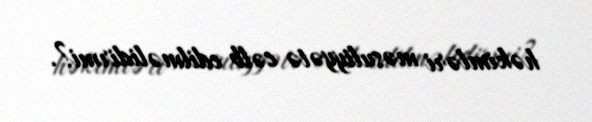
həkimləri məsuliyyətə cəlb edilməlidirmi?.